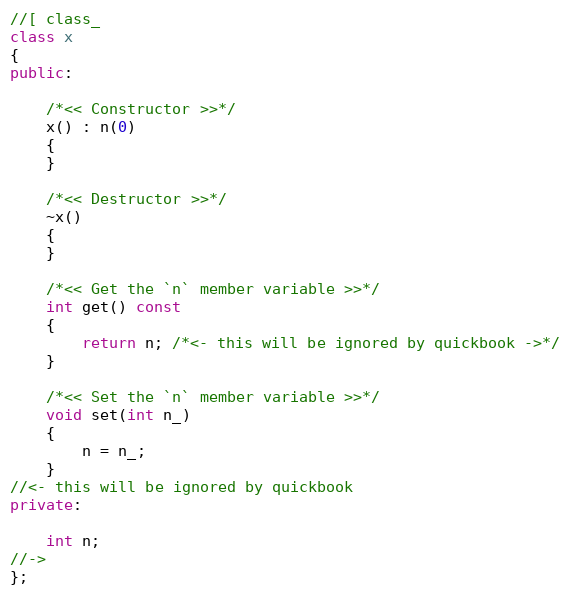
Language: C++
//[ class_
class x
{
public:

    /*<< Constructor >>*/
    x() : n(0)
    {
    }

    /*<< Destructor >>*/
    ~x()
    {
    }

    /*<< Get the `n` member variable >>*/
    int get() const
    {
        return n; /*<- this will be ignored by quickbook ->*/
    }

    /*<< Set the `n` member variable >>*/
    void set(int n_)
    {
        n = n_;
    }
//<- this will be ignored by quickbook
private:

    int n;
//->
};